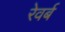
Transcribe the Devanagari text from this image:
रेवर्ब